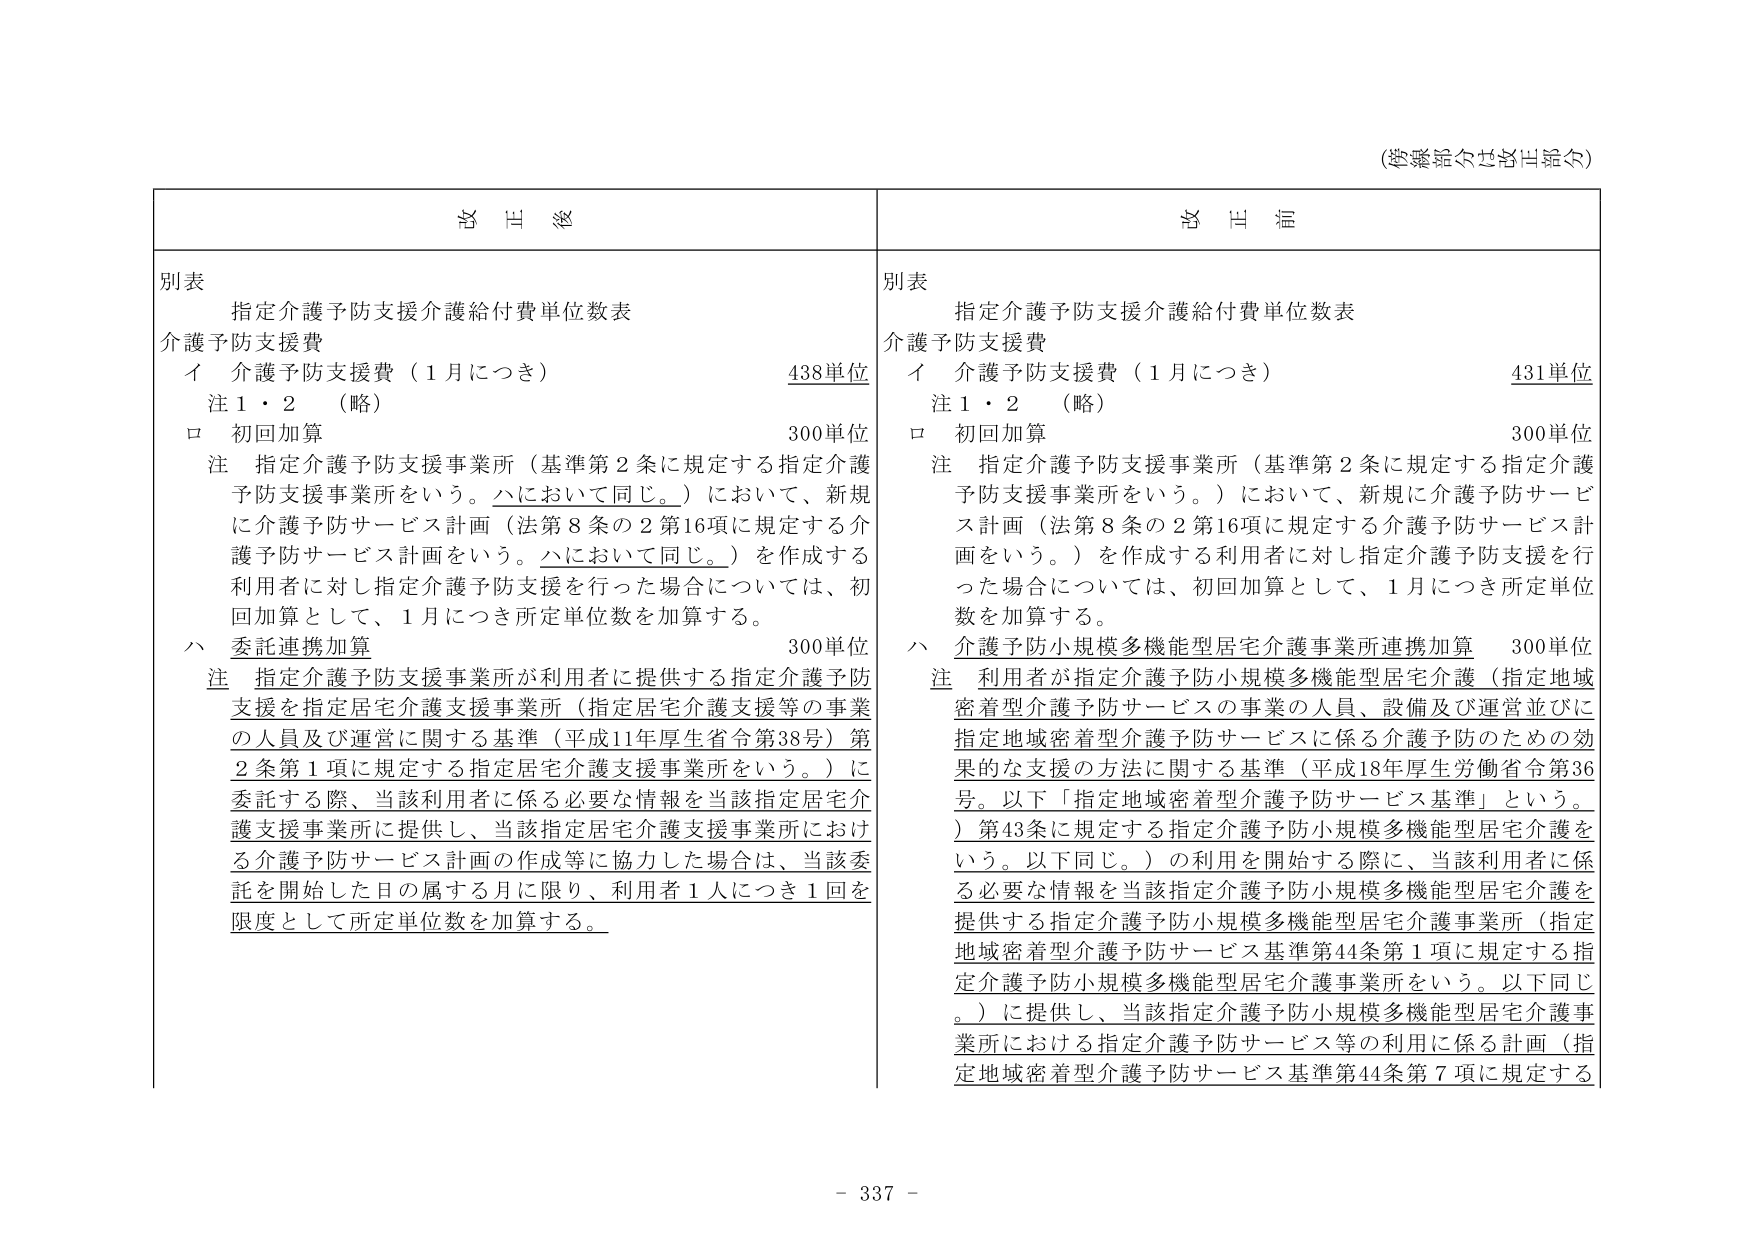
(参考資料の提出期限)

別表
指定介護予防支援介護給付費単位数表
介護予防支援費
　イ 介護予防支援費（1月につき）　438単位
　注1・2 （略）
　ロ 初回加算　300単位
　注 指定介護予防支援事業所（基準第2条に規定する指定介護予防支援事業所をいう。ハにおいて同じ。）において、新規に介護予防サービス計画（法第8条の2第16項に規定する介護予防サービス計画をいう。ハにおいて同じ。）を作成する利用者に対し指定介護予防支援を行った場合については、初回加算として、1月につき所定単位数を加算する。
　ハ 委託連携加算　300単位
　注 指定介護予防支援事業所が利用者に提供する指定介護予防支援を指定居宅介護支援事業所（指定居宅介護支援等の事業の人員及び運営に関する基準（平成11年厚生省令第38号）第2条第1項に規定する指定居宅介護支援事業所をいう。）に委託する際、当該利用者に係る必要な情報を当該指定居宅介護支援事業所に提供し、当該指定居宅介護支援事業所における介護予防サービス計画の作成等に協力した場合は、当該委託を開始した日の属する月に限り、利用者1人につき1回を限度として所定単位数を加算する。

別表
指定介護予防支援介護給付費単位数表
介護予防支援費
　イ 介護予防支援費（1月につき）　431単位
　注1・2 （略）
　ロ 初回加算　300単位
　注 指定介護予防支援事業所（基準第2条に規定する指定介護予防支援事業所をいう。）において、新規に介護予防サービス計画（法第8条の2第16項に規定する介護予防サービス計画をいう。）を作成する利用者に対し指定介護予防支援を行った場合については、初回加算として、1月につき所定単位数を加算する。
　ハ 介護予防小規模多機能型居宅介護事業所連携加算　300単位
　注 利用者が指定介護予防小規模多機能型居宅介護（指定地域密着型介護予防サービスの事業の人員、設備及び運営並びに指定地域密着型介護予防サービスに係る介護予防のための効果的な支援の方法に関する基準（平成18年厚生労働省令第36号。以下「指定地域密着型介護予防サービス基準」という。）第43条に規定する指定介護予防小規模多機能型居宅介護をいう。以下同じ。）の利用を開始する際に、当該利用者に係る必要な情報を当該指定介護予防小規模多機能型居宅介護を提供する指定介護予防小規模多機能型居宅介護事業所（指定地域密着型介護予防サービス基準第44条第1項に規定する指定介護予防小規模多機能型居宅介護事業所をいう。以下同じ。）に提供し、当該指定介護予防小規模多機能型居宅介護事業所における指定介護予防サービス等の利用に係る計画（指定地域密着型介護予防サービス基準第44条第7項に規定する

- 337 -